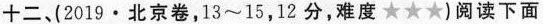
十二、(2019·北京卷，13~15，12分，难度★★★)阅读下面